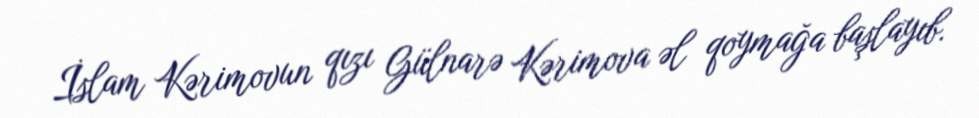
İslam Kərimovun qızı Gülnarə Kərimova əl qoymağa başlayıb.